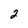
Character: 2